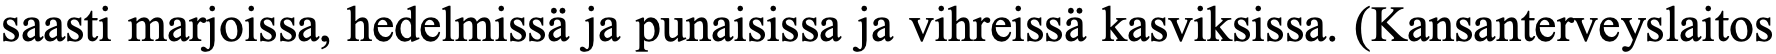
saasti marjoissa, hedelmissä ja punaisissa ja vihreissä kasviksissa. (Kansanterveyslaitos